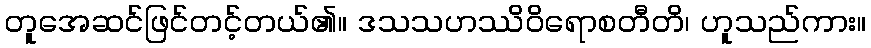
တူအေဆင်ဖြင်တင့်တယ်၏။ ဒသသဟဿိဝိရောစတီတိ၊ ဟူသည်ကား။